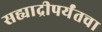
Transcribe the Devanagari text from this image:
सह्याद्रीपर्यंतचा